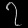
Digit: ၇